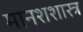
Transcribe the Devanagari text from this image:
मानशशास्त्र